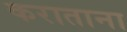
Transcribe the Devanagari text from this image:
कराताना